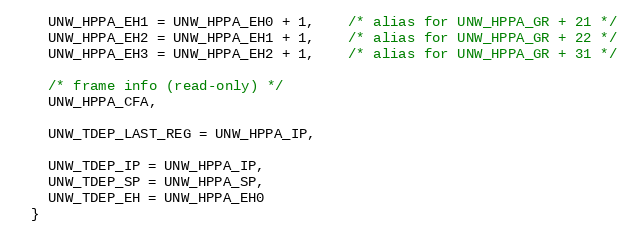
Language: C
    UNW_HPPA_EH1 = UNW_HPPA_EH0 + 1,    /* alias for UNW_HPPA_GR + 21 */
    UNW_HPPA_EH2 = UNW_HPPA_EH1 + 1,    /* alias for UNW_HPPA_GR + 22 */
    UNW_HPPA_EH3 = UNW_HPPA_EH2 + 1,    /* alias for UNW_HPPA_GR + 31 */

    /* frame info (read-only) */
    UNW_HPPA_CFA,

    UNW_TDEP_LAST_REG = UNW_HPPA_IP,

    UNW_TDEP_IP = UNW_HPPA_IP,
    UNW_TDEP_SP = UNW_HPPA_SP,
    UNW_TDEP_EH = UNW_HPPA_EH0
  }